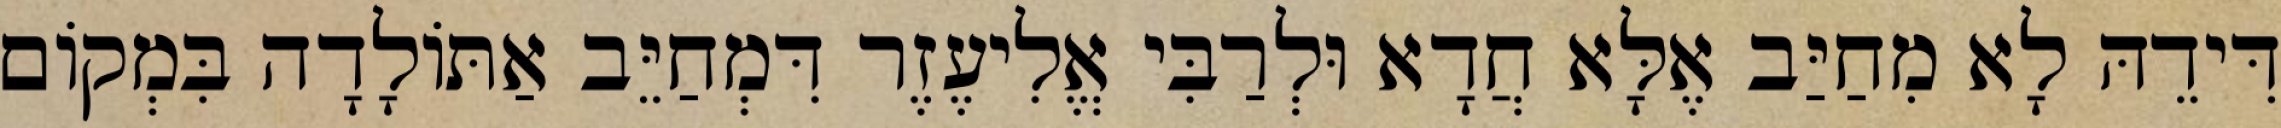
דִּידֵהּ לָא מִחַיַּב אֶלָּא חֲדָא וּלְרַבִּי אֱלִיעֶזֶר דִּמְחַיֵּב אַתּוֹלָדָה בִּמְקוֹם